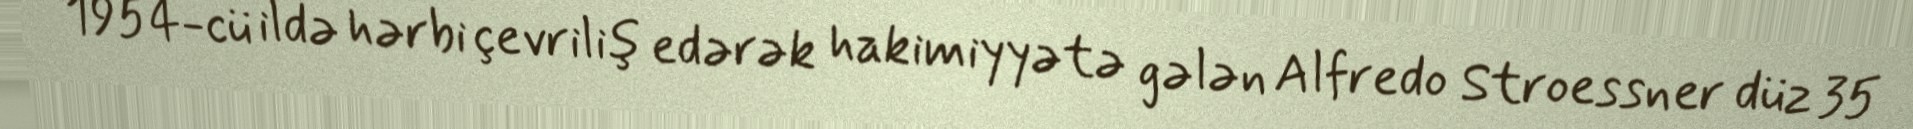
1954-cü ildə hərbi çevriliş edərək hakimiyyətə gələn Alfredo Stroessner düz 35